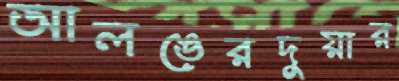
আলঙেরদুয়ার